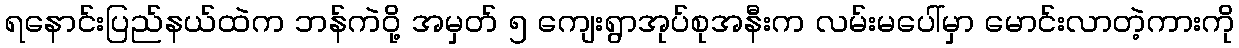
ရနောင်းပြည်နယ်ထဲက ဘန်ကဲဝို့ အမှတ် ၅ ကျေးရွာအုပ်စုအနီးက လမ်းမပေါ်မှာ မောင်းလာတဲ့ကားကို